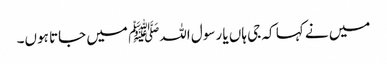
میں نے کہا کہ جی ہاں یا رسول اللہﷺ میں جاتا ہوں۔